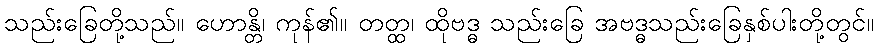
သည်းခြေတို့သည်။ ဟောန္တိ၊ ကုန်၏။ တတ္ထ၊ ထိုဗဒ္ဓ သည်းခြေ အဗဒ္ဓသည်းခြေနှစ်ပါးတို့တွင်။